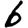
Digit: 6